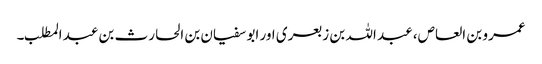
عمرو بن العاص، عبد اللہ بن زبعری اور ابو سفیان بن الحارث بن عبد المطلب۔